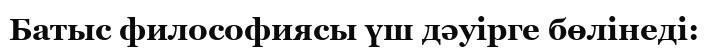
Батыс философиясы үш дәуірге бөлінеді: